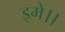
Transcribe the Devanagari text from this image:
इमे।।